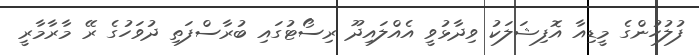
ފުލުހުންގެ މީޑިއާ އޮފިޝަލަކު ވިދާޅުވީ އެއްލައިދޫ ރިސޯޓުގައި ބުރާސްފަތި ދުވަހުގެ ރޭ މާރާމާރީ